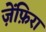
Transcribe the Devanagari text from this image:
ज़ेंफ़िरा